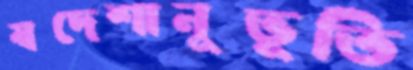
স্বদেশানুভূতি